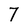
Character: 7